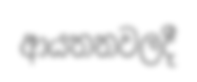
ආයතනවලදී